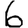
Digit: 6